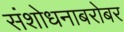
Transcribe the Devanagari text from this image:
संशोधनाबरोबर